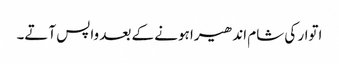
اتوار کی شام اندھیرا ہونے کے بعد واپس آتے۔